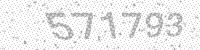
Solution: 571793